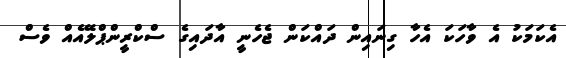
އެކަމަކު އެ ވާހަކަ އެހާ ގިނައިން ދައްކަން ޖެހެނީ އާދައިގެ ސްކްރީންޕްލޭއެއް ވެސް